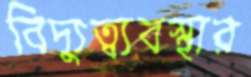
বিদ্যুত্ব্যবস্থার